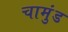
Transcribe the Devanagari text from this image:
चामुंड